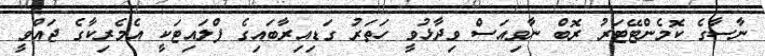
ނާސާގެ ކޮމެންޓޭޓަރު ރޮބް ނާވިއަސް ވިދާޅުވީ ހަތަރު ގަޑިއިރާބައިގެ ފްލައިޓަކީ އެމެރިކާގެ ޖައްވީ